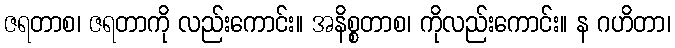
ဇရတာစ၊ ဇရတာကို လည်းကောင်း။ အနိစ္စတာစ၊ ကိုလည်းကောင်း။ န ဂဟိတာ၊